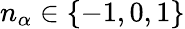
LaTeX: n_{\alpha}\in\{ -1,0,1\}